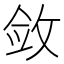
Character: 敛